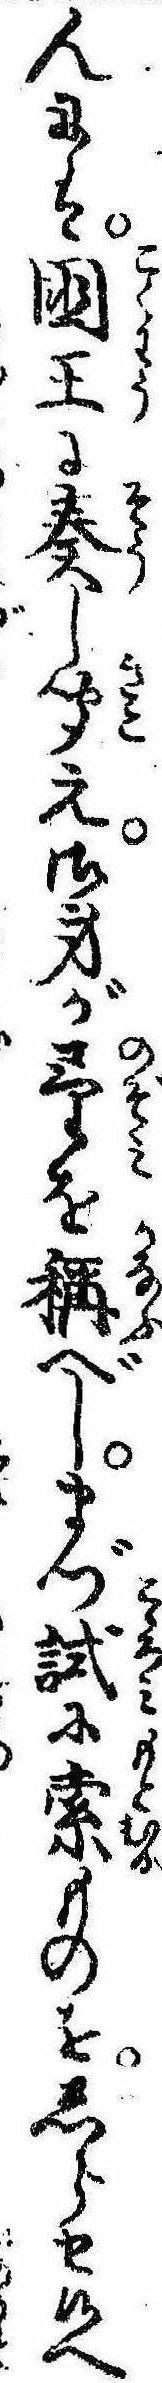
んには国王に奏し聞え御身が望を称べしまづ試に索ものをしらせ候へ